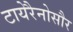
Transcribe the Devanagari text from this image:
टायेरैनोसौर